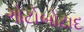
ગોટોબોટાદ